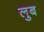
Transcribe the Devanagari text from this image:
लुब